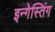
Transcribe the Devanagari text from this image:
इन्गेस्तिंग